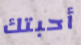
أحبتك